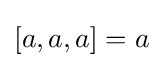
[a,a,a]=a